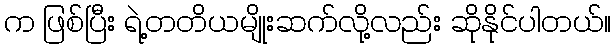
က ဖြစ်ပြီး ရဲ့တတိယမျိုးဆက်လို့လည်း ဆိုနိုင်ပါတယ်။